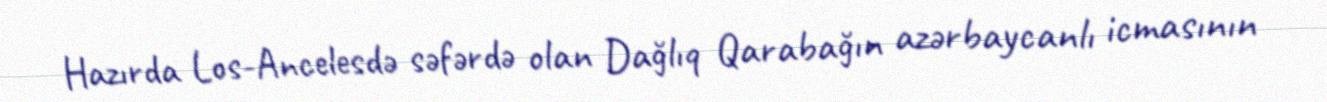
Hazırda Los-Ancelesdə səfərdə olan Dağlıq Qarabağın azərbaycanlı icmasının